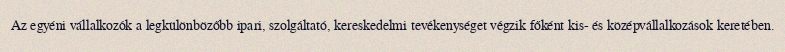
Az egyéni vállalkozók a legkülönbözőbb ipari, szolgáltató, kereskedelmi tevékenységet végzik főként kis- és középvállalkozások keretében.